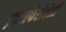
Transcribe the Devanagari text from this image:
इन्टरफैरोमेटरी